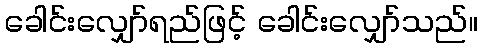
ခေါင်းလျှော်ရည်ဖြင့် ခေါင်းလျှော်သည်။